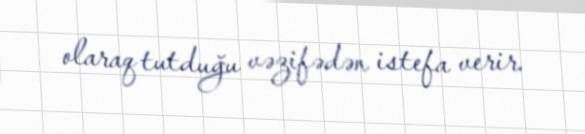
olaraq tutduğu vəzifədən istefa verir.